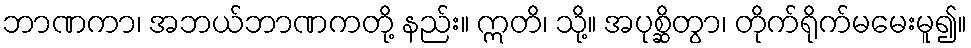
ဘာဏကာ၊ အဘယ်ဘာဏကတို့ နည်း။ ဣတိ၊ သို့။ အပုစ္ဆိတွာ၊ တိုက်ရိုက်မမေးမူ၍။